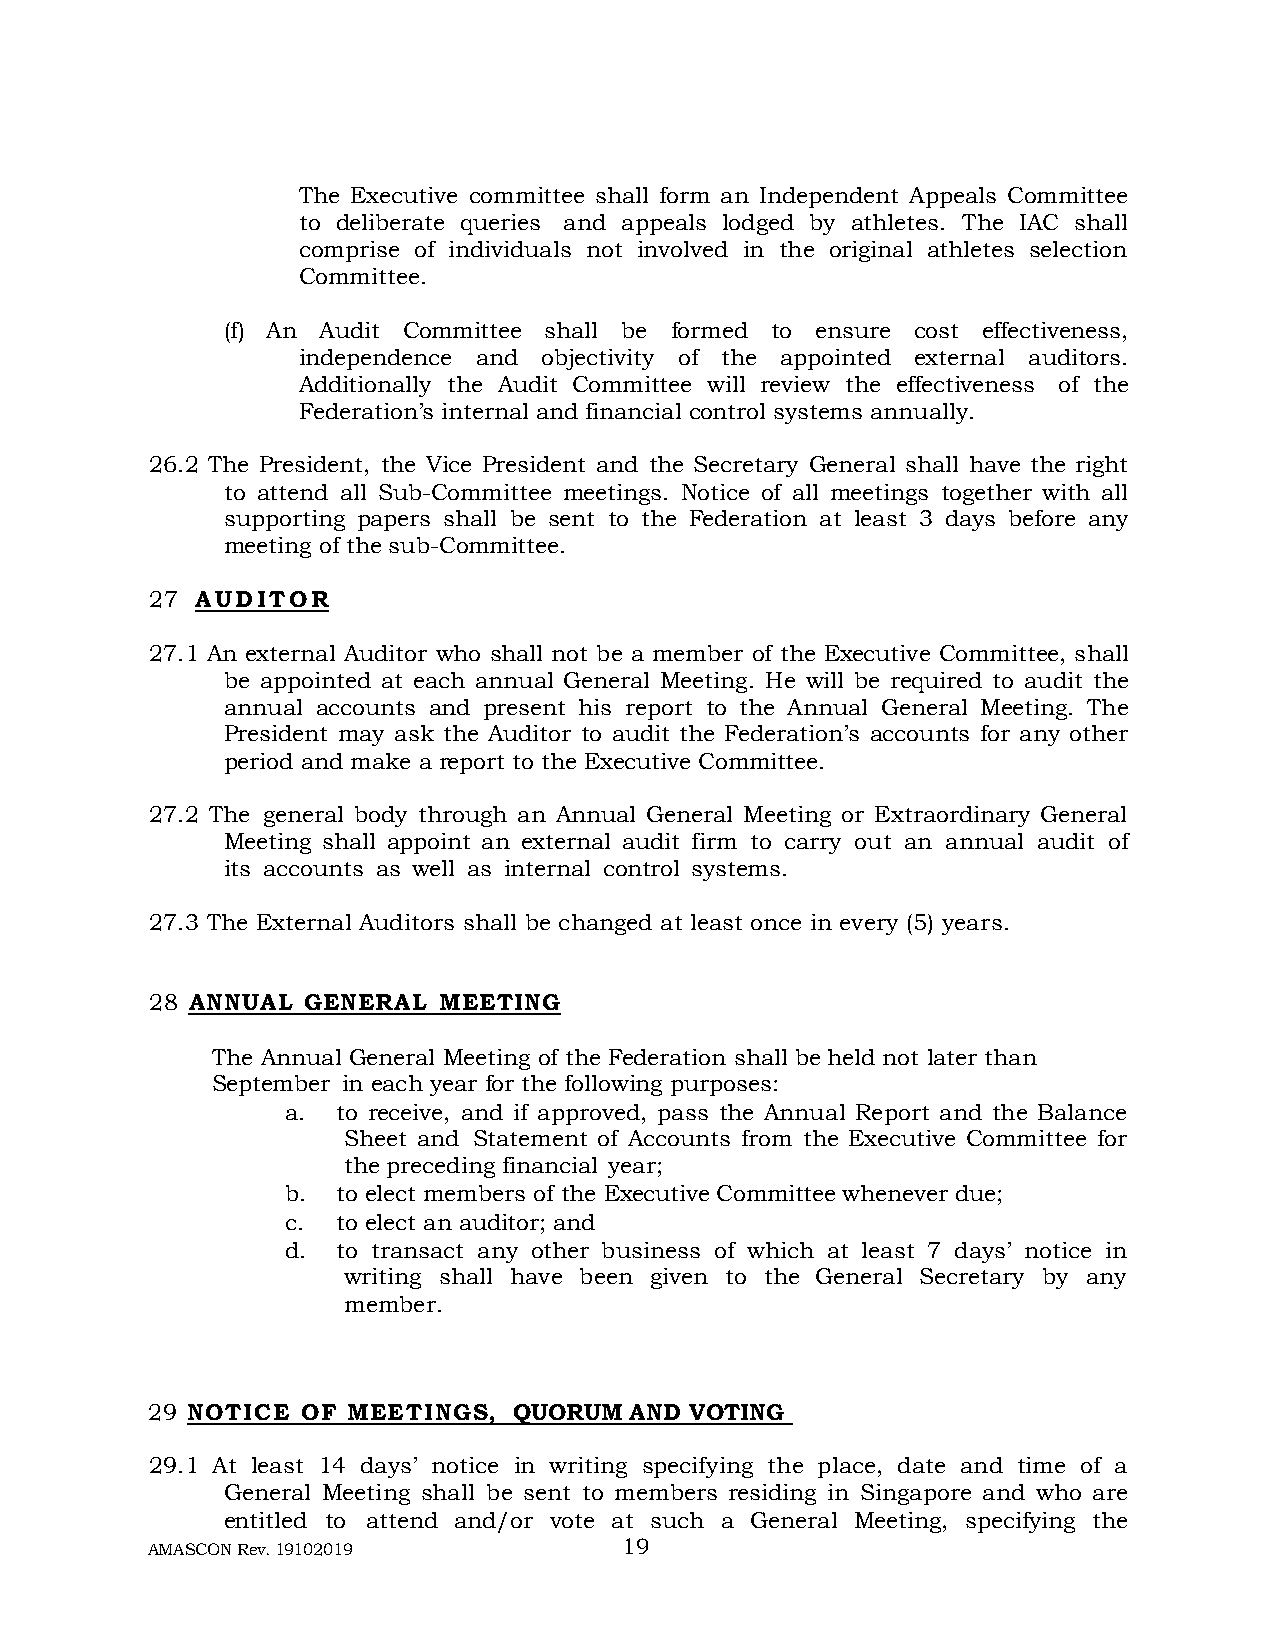
The Executive committee shall form an Independent Appeals Committee
 to deliberate queries and appeals lodged by athletes. The IAC shall
 comprise of individuals not involved in the original athletes selection
 Committee.
 (f) An Audit Committee shall be formed to ensure cost effectiveness,
 independence and objectivity of the appointed external auditors.
 Additionally the Audit Committee will review the effectiveness of the
 Federation’s internal and financial control systems annually.
 26.2 The President, the Vice President and the Secretary General shall have the right
 to attend all Sub-Committee meetings. Notice of all meetings together with all
 supporting papers shall be sent to the Federation at least 3 days before any
 meeting of the sub-Committee.
 27 A U D I T O R
 27.1 An external Auditor who shall not be a member of the Executive Committee, shall
 be appointed at each annual General Meeting. He will be required to audit the
 annual accounts and present his report to the Annual General Meeting. The
 President may ask the Auditor to audit the Federation’s accounts for any other
 period and make a report to the Executive Committee.
 27.2 The general body through an Annual General Meeting or Extraordinary General
 Meeting shall appoint an external audit firm to carry out an annual audit of
 its accounts as well as internal control systems.
 27.3 The External Auditors shall be changed at least once in every (5) years.
 28 ANNUAL GENERAL  M EETING
 The Annual General Meeting of the Federation shall be held not later than
 September in each year for the following purposes:
 a. to receive, and if approved, pass the Annual Report and the Balance
 Sheet and Statement of Accounts from the Executive Committee for
 the preceding financial year;
 b. to elect members of the Executive Committee whenever due;
 c. to elect an auditor; and
 d. to transact any other business of which at least 7 days’ notice in
 writing shall have been given to the General Secretary by any
 member.
 29 N O T I C E O F M EE T I N G S, QUORUM AND VOTING
 29.1 At least 14 days’ notice in writing specifying the place, date and time of a
 General Meeting shall be sent to members residing in Singapore and who are
 entitled to attend and/or vote at such a General Meeting, specifying the
 AMASCON Rev. 19102019          19